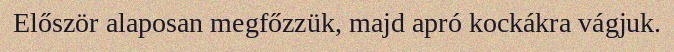
Először alaposan megfőzzük, majd apró kockákra vágjuk.